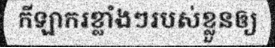
កីឡាករខ្លាំងៗរបស់ខ្លួនឲ្យ